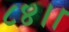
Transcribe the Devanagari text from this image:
८४।।